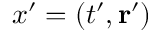
x ^ { \prime } = ( t ^ { \prime } , \mathbf { r } ^ { \prime } )